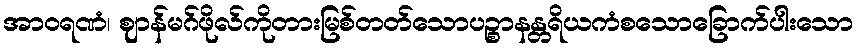
အာဝရဏံ၊ ဈာန်မဂ်ဖိုလ်ကိုတားမြစ်တတ်သောပဉ္စာနန္တရိယကံစသောခြောက်ပါးသော